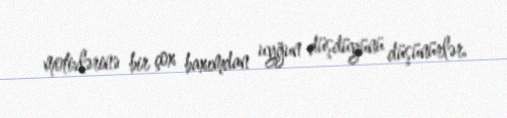
motivlərinə bir çox baxımdan uyğun düşdüyünü düşünürlər.